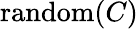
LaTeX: \operatorname{random}(C)